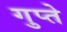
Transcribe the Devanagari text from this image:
गुप्‍ते